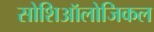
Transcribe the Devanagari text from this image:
सोशिऑलोजिकल